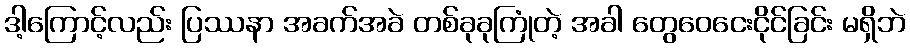
ဒါ့ကြောင့်လည်း ပြဿနာ အခက်အခဲ တစ်ခုခုကြုံတဲ့ အခါ တွေဝေငေးငိုင်ခြင်း မရှိဘဲ